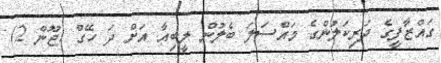
ގައްޒާފީގެ ދަރިކަލުންގެ މައްސަލަ ބެލުން ލީބިއާ އަށް ދަ ހޭގް (ޖޫން 2)